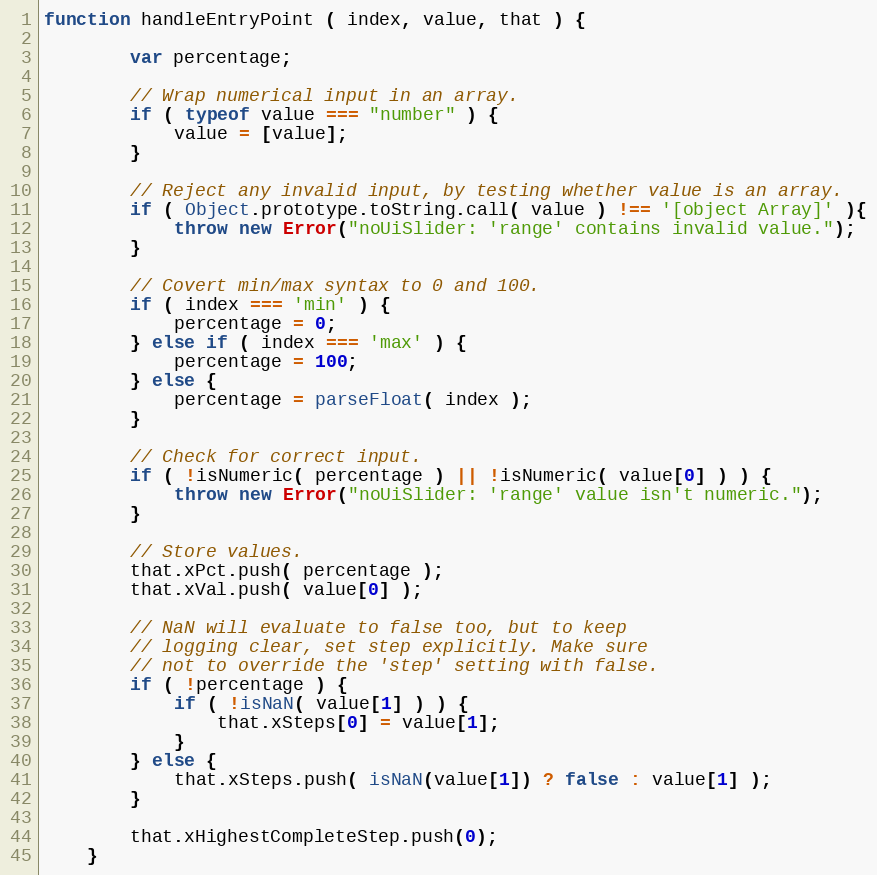
Language: JavaScript
function handleEntryPoint ( index, value, that ) {

        var percentage;

        // Wrap numerical input in an array.
        if ( typeof value === "number" ) {
            value = [value];
        }

        // Reject any invalid input, by testing whether value is an array.
        if ( Object.prototype.toString.call( value ) !== '[object Array]' ){
            throw new Error("noUiSlider: 'range' contains invalid value.");
        }

        // Covert min/max syntax to 0 and 100.
        if ( index === 'min' ) {
            percentage = 0;
        } else if ( index === 'max' ) {
            percentage = 100;
        } else {
            percentage = parseFloat( index );
        }

        // Check for correct input.
        if ( !isNumeric( percentage ) || !isNumeric( value[0] ) ) {
            throw new Error("noUiSlider: 'range' value isn't numeric.");
        }

        // Store values.
        that.xPct.push( percentage );
        that.xVal.push( value[0] );

        // NaN will evaluate to false too, but to keep
        // logging clear, set step explicitly. Make sure
        // not to override the 'step' setting with false.
        if ( !percentage ) {
            if ( !isNaN( value[1] ) ) {
                that.xSteps[0] = value[1];
            }
        } else {
            that.xSteps.push( isNaN(value[1]) ? false : value[1] );
        }

        that.xHighestCompleteStep.push(0);
    }